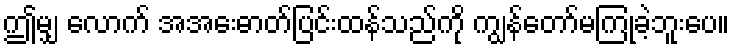
ဤမျှ လောက် အအေးဓာတ်ပြင်းထန်သည်ကို ကျွန်တော်မကြုံခဲ့ဘူးပေ။